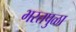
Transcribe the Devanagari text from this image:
भरतपुळा